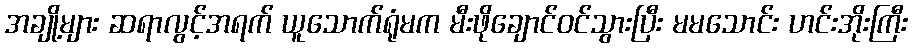
အချို့များ ဆရာလွင့်အရက် ယူသောက်ရုံမက မီးဖိုချောင်ဝင်သွားပြီး မမသောင်း ဟင်းအိုးကြီး